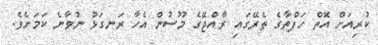
ކުރިއަށް އޮތް ހަފްތާގެ ތެރޭގައި ރާއްޖޭގެ މޫސުން އެހާ ރަނގަޅު ނުވާނެ ކަމަށެވެ.